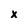
Character: x